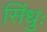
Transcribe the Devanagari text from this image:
सिंधुः